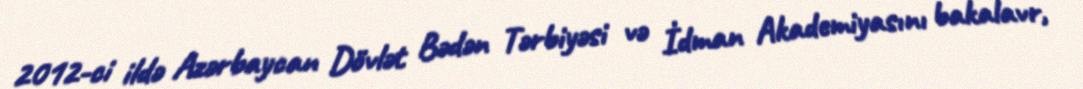
2012-ci ildə Azərbaycan Dövlət Bədən Tərbiyəsi və İdman Akademiyasını bakalavr,